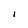
Character: I